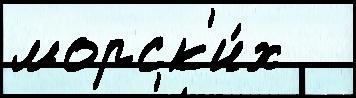
морск'и́х